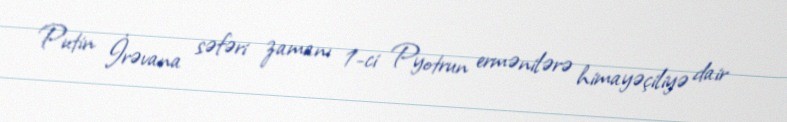
Putin İrəvana səfəri zamanı 1-ci Pyotrun ermənilərə himayəçiliyə dair